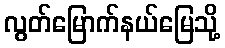
လွတ်မြောက်နယ်မြေသို့